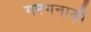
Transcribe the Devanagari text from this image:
गरगनाड़ी